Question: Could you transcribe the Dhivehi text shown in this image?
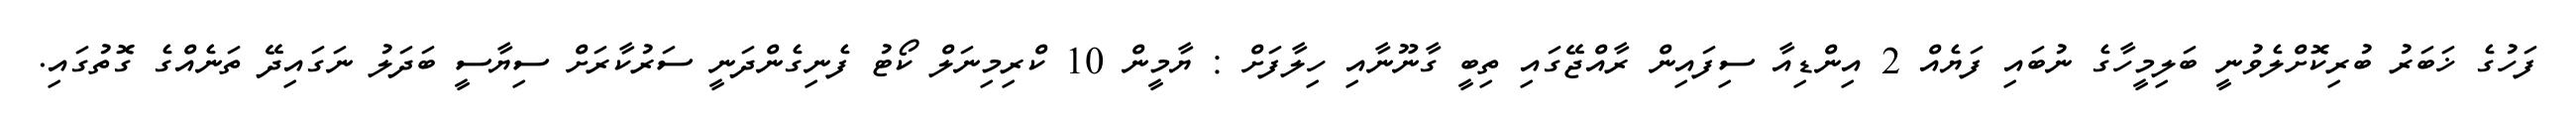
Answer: ފަހުގެ ޚަބަރު ބުރިކޮށްލެވުނީ ބަލިމީހާގެ ނުބައި ފަޔެއް 2 އިންޑިއާ ސިފައިން ރާއްޖޭގައި ތިބީ ގާނޫނާއި ހިލާފަށް : ޔާމީން 10 ކްރިމިނަލް ކޯޓު ފެނިގެންދަނީ ސަރުކާރަށް ސިޔާސީ ބަދަލު ނަގައިދޭ ތަނެއްގެ ގޮތުގައި.